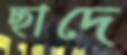
ছাদে